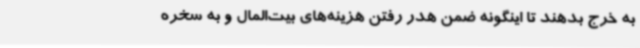
به خرج بدهند تا اینگونه ضمن هدر رفتن هزینه‌های بیت‌المال و به سخره